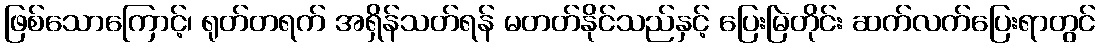
ဖြစ်သောကြောင့်၊ ရုတ်တရက် အရှိန်သတ်ရန် မတတ်နိုင်သည်နှင့် ပြေးမြဲတိုင်း ဆက်လက်ပြေးရာတွင်